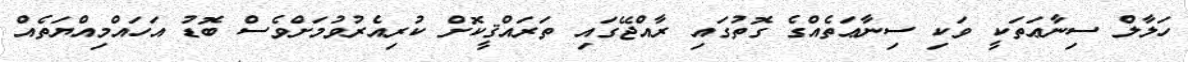
ހަލާލް ސިނާޢަތަކީ ވަކި ސިނާޢަތެއްގެ ގޮތުގައި ރާއްޖޭގައި ތަރައްޤީކޮށް ކުރިއެރުވުމަށްވެސް ބޮޑު އަހައްމިއްޔަތެއް